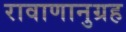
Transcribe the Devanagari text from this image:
रावाणानुग्रह